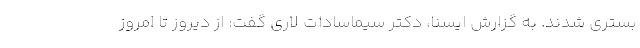
بستری شدند. به گزارش ایسنا، دکتر سیماسادات لاری گفت: از دیروز تا امروز